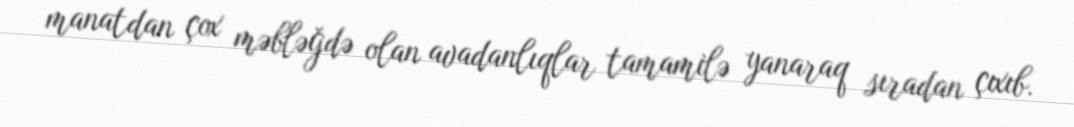
manatdan çox məbləğdə olan avadanlıqlar tamamilə yanaraq sıradan çıxıb.